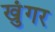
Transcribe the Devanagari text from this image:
खुंगर